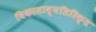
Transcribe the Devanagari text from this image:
विकासाव्यतिरिक्त